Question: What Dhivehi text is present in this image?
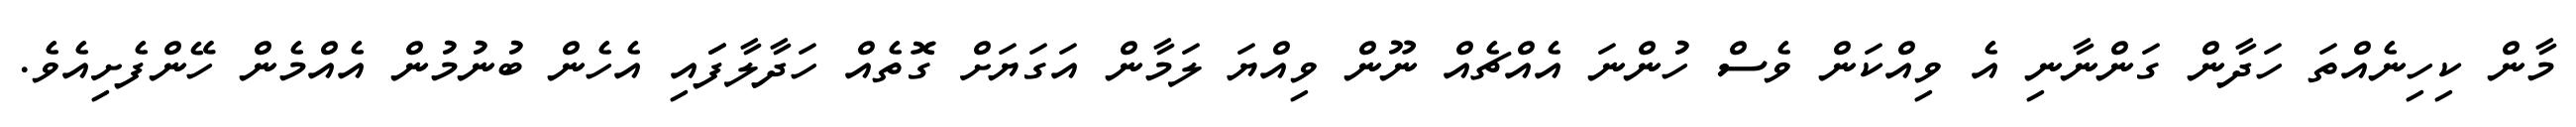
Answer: މާން ކިހިނެއްތަ ހަދާން ގަންނާނި އެ ވިއްކަން ވެސް ހުންނަ އެއްޗެއް ނޫން ވިއްޔަ ލަމާން އަގަޔަށް ގޮތެއް ހަދާލާފަައި އެހެން ބުނުމުން އެއްމެން ހޭންފެށިއެވެ.